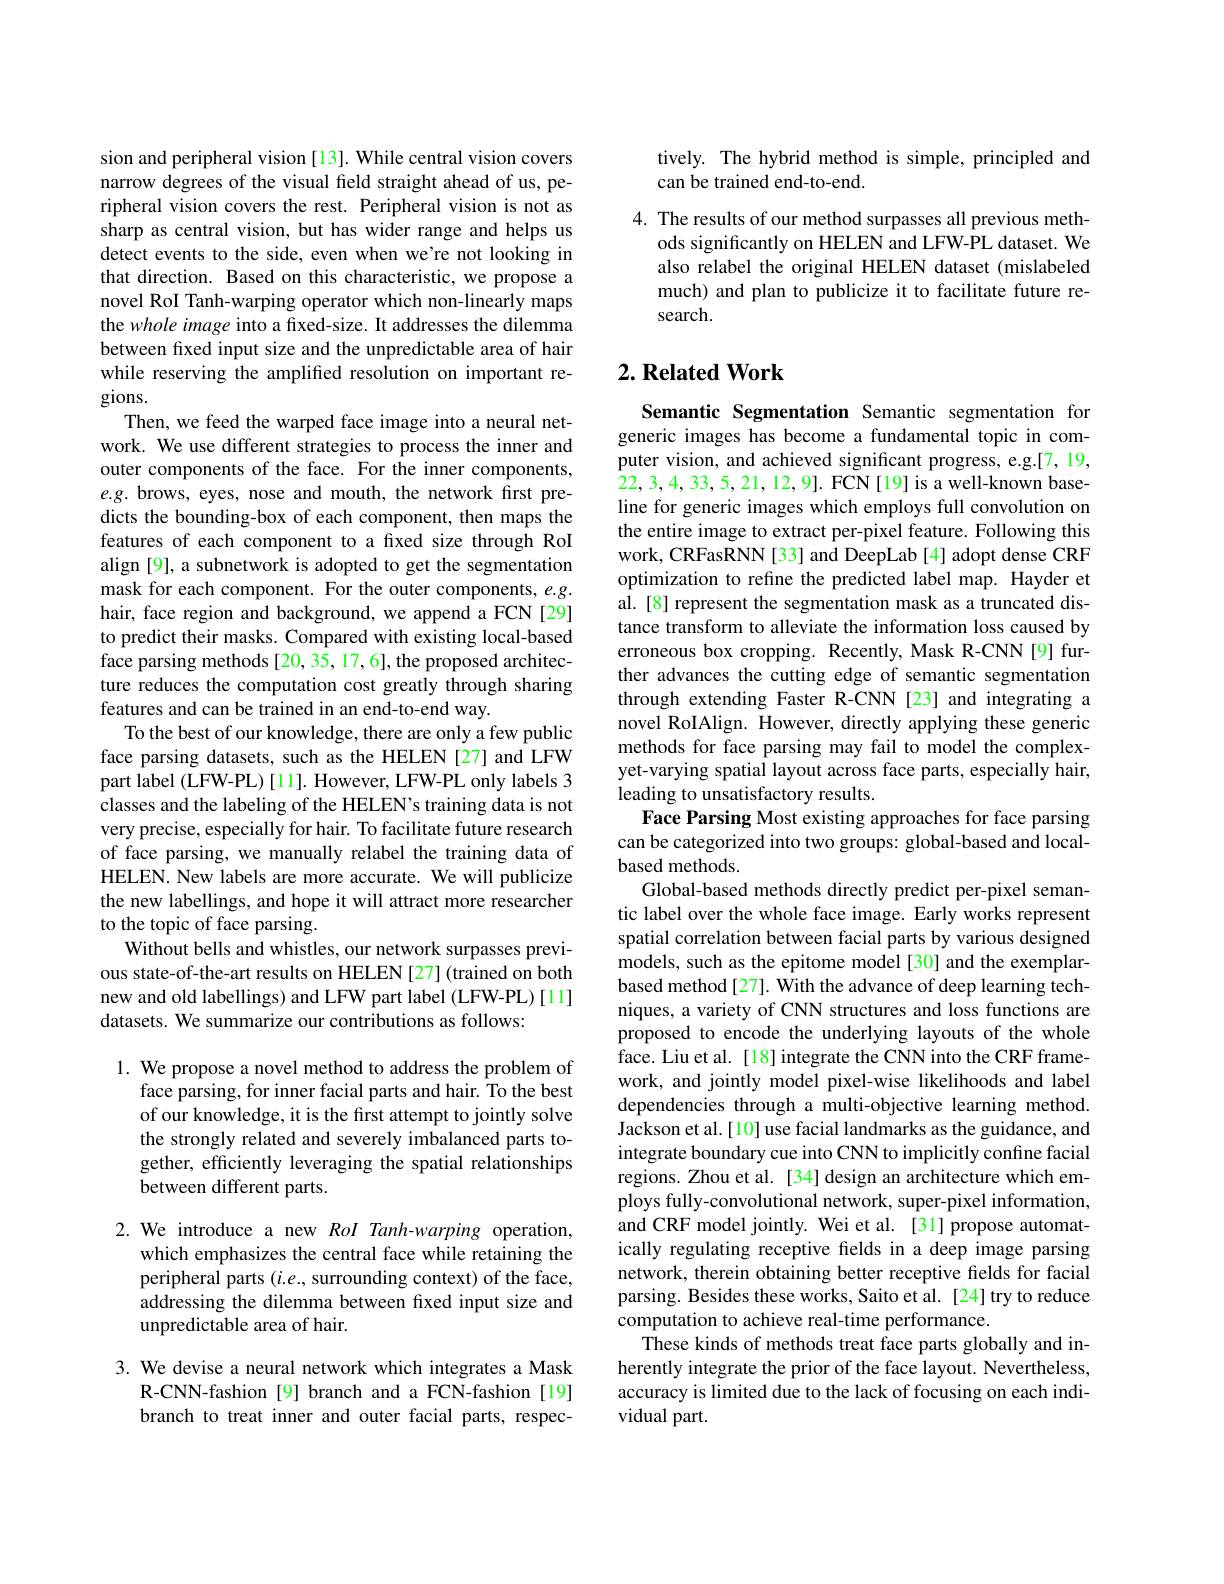
sion and peripheral vision [13]. While central vision covers narrow degrees of the visual feld straight ahead of us, peripheral vision covers the rest. Peripheral vision is not as sharp as central vision, but has wider range and helps us detect events to the side, even when we're not looking in that direction. Based on this characteristic, we propose a novel RoI Tanh-warping operator which non-linearly maps the whole image into a fixed-size. It addresses the dilemma between fixed input size and the unpredictable area of hair while reserving the amplified resolution on important regions.
Then, we feed the warped face image into a neural network. We use different strategies to process the inner and outer components of the face. For the inner components, $e.g.$ brows, eyes, nose and mouth, the network first predicts the bounding-box of each component, then maps the features of each component to a fixed size through RoI align [9], a subnetwork is adopted to get the segmentation mask for each component. For the outer components, $e.g.$ hair, face region and background, we append a FCN[29] to predict their masks. Compared with existing local-based face parsing methods [20, 35, 17,6], the proposed architecture reduces the computation cost greatly through sharing features and can be trained in an end-to-end way.
To the best of our knowledge, there are only a few public face parsing datasets, such as the HELEN [27] and LFW part label (LFW-PL)[11]. However, LFW-PL only labels 3 classes and the labeling of the HELEN's training data is not very precise, especially for hair. To facilitate future research of face parsing, we manually relabel the training data of HELEN. New labels are more accurate. We will publicize the new labellings, and hope it will attract more researcher to the topic of face parsing.
Without bells and whistles, our network surpasses previous state-of-the-art results on HELEN [27] (trained on both new and old labellings) and LFW part label (LFW-PL)[11] datasets. We summarize our contributions as follows:

1. We propose a novel method to address the problem of
face parsing, for inner facial parts and hair. To the best of our knowledge, it is the first attempt to jointly solve the strongly related and severely imbalanced parts together, efficiently leveraging the spatial relationships between different parts.

2. We introduce a new RoI Tanh-warping operation,
which emphasizes the central face while retaining the peripheral parts $(i.e.$, surrounding context) of the face, addressing the dilemma between fixed input size and unpredictable area of hair.

3. We devise a neural network which integrates a Mask
R-CNN-fashion [9] branch and a FCN-fashion [19] branch to treat inner and outer facial parts, respec-

tively. The hybrid method is simple, principled and
can be trained end-to-end.

4. The results of our method surpasses all previous meth-
ods significantly on HELEN and LFW-PL dataset. We also relabel the original HELEN dataset (mislabeled much) and plan to publicize it to facilitate future research.

## $2. \textbf{Related Work}$

Semantic Segmentation Semantic segmentation for generic images has become a fundamental topic in computer vision, and achieved significant progress, e.g.[7,19, 22,3,4,33,5,21,12,9]. FCN[19] is a well-known baseline for generic images which employs full convolution on the entire image to extract per-pixel feature. Following this work, CRFasRNN [33] and DeepLab [4] adopt dense CRF optimization to refine the predicted label map. Hayder et al. [8] represent the segmentation mask as a truncated distance transform to alleviate the information loss caused by erroneous box cropping. Recently, Mask R-CNN[9] further advances the cutting edge of semantic segmentation through extending Faster R-CNN [23] and integrating a novel RoIAlign. However, directly applying these generic methods for face parsing may fail to model the complexyet-varying spatial layout across face parts, especially hair, leading to unsatisfactory results.
Face Parsing Most existing approaches for face parsing can be categorized into two groups: global-based and localbased methods.
Global-based methods directly predict per-pixel semantic label over the whole face image. Early works represent spatial correlation between facial parts by various designed models, such as the epitome model [30] and the exemplarbased method[27]. With the advance of deep learning techniques, a variety of CNN structures and loss functions are proposed to encode the underlying layouts of the whole face. Liu et al. [18] integrate the CNN into the CRF framework, and jointly model pixel-wise likelihoods and label dependencies through a multi-objective learning method. Jackson et al.[10] use facial landmarks as the guidance, and integrate boundary cue into CNN to implicitly confine facial regions. Zhou et al. [34] design an architecture which employs fully-convolutional network, super-pixel information, and CRF model jointly. Wei et al. [31] propose automatically regulating receptive fields in a deep image parsing network, therein obtaining better receptive fields for facial parsing. Besides these works, Saito et al. [24] try to reduce computation to achieve real-time performance.
These kinds of methods treat face parts globally and inherently integrate the prior of the face layout. Nevertheless, accuracy is limited due to the lack of focusing on each individual part.